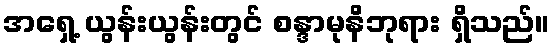
အရှေ့ ယွန်းယွန်းတွင် စန္ဒာမုနိဘုရား ရှိသည်။